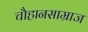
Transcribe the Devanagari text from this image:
चौहानसाम्राज